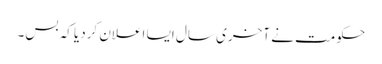
حکومت نے آخری سال ایسا اعلان کردیا کہ بس۔